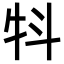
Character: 㸯